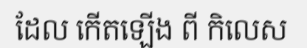
ដែល កើតឡើង ពី កិលេស